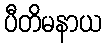
ပီတိမနာယ